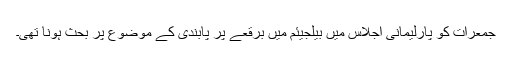
جمعرات کو پارلیمانی اجلاس میں بیلجیئم میں برقعے پر پابندی کے موضوع پر بحث ہونا تھی۔